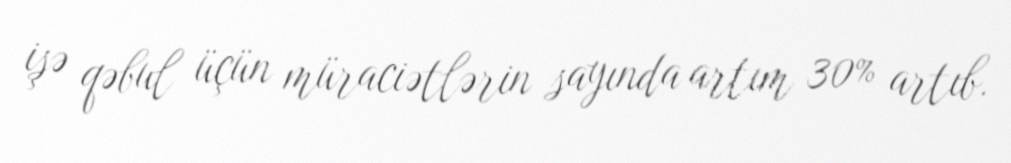
işə qəbul üçün müraciətlərin sayında artım 30% artıb.